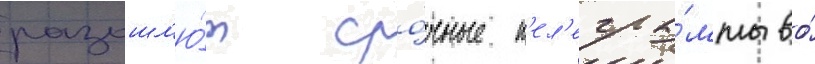
разошл'ю́т сро́чные т'ел'егра́ммы во́